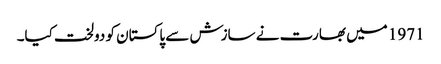
1971 میں بھارت نے سازش سے پاکستان کو دولخت کیا۔